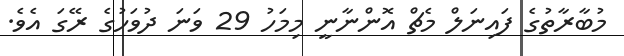
މުބާރާތުގެ ފައިނަލް މެޗް އޮންނާނީ މިމަހު 29 ވަނަ ދުވަހުގެ ރޭގަ އެވެ.